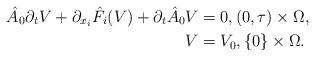
LaTeX: \begin{align*}\hat{A}_0 \partial_t V + \partial_{x_i} \hat{F}_i(V) + \partial_t \hat{A}_0 V&=0, (0,\tau) \times \Omega, \\V&=V_0, \{0\} \times \Omega.\end{align*}